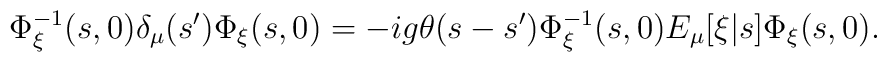
\Phi_\xi^{-1}(s,0) \delta_\mu(s') \Phi_\xi(s,0) = -ig \theta(s-s')   \Phi_\xi^{-1}(s,0) E_\mu[\xi|s] \Phi_\xi(s,0).